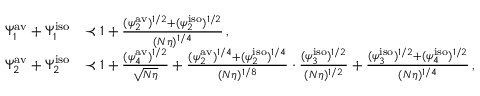
\begin{array} { r l } { \Psi _ { 1 } ^ { \mathrm { a v } } + \Psi _ { 1 } ^ { \mathrm { i s o } } } & { \prec 1 + \frac { ( \psi _ { 2 } ^ { \mathrm { a v } } ) ^ { 1 / 2 } + ( \psi _ { 2 } ^ { \mathrm { i s o } } ) ^ { 1 / 2 } } { ( N \eta ) ^ { 1 / 4 } } \, , } \\ { \Psi _ { 2 } ^ { \mathrm { a v } } + \Psi _ { 2 } ^ { \mathrm { i s o } } } & { \prec 1 + \frac { ( \psi _ { 4 } ^ { \mathrm { a v } } ) ^ { 1 / 2 } } { \sqrt { N \eta } } + \frac { ( \psi _ { 2 } ^ { \mathrm { a v } } ) ^ { 1 / 4 } + ( \psi _ { 2 } ^ { \mathrm { i s o } } ) ^ { 1 / 4 } } { ( N \eta ) ^ { 1 / 8 } } \cdot \frac { ( \psi _ { 3 } ^ { \mathrm { i s o } } ) ^ { 1 / 2 } } { ( N \eta ) ^ { 1 / 2 } } + \frac { ( \psi _ { 3 } ^ { \mathrm { i s o } } ) ^ { 1 / 2 } + ( \psi _ { 4 } ^ { \mathrm { i s o } } ) ^ { 1 / 2 } } { ( N \eta ) ^ { 1 / 4 } } \, , } \end{array}